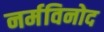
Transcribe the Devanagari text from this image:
नर्मविनोद